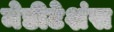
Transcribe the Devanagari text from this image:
मेडीटेशंस